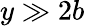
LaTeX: y\gg 2b